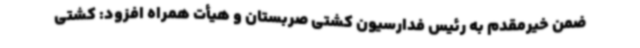
ضمن خیرمقدم به رئیس فدارسیون کشتی صربستان و هیأت همراه افزود: کشتی